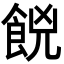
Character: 𮨼